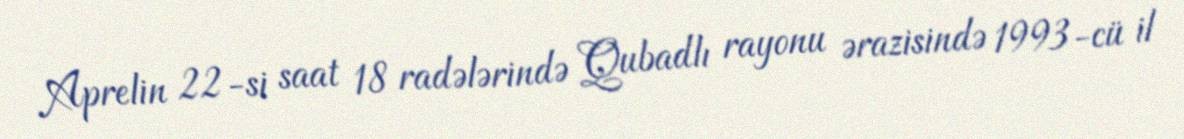
Aprelin 22-si saat 18 radələrində Qubadlı rayonu ərazisində 1993-cü il